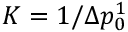
K = 1 / \Delta p _ { 0 } ^ { 1 }